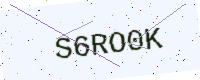
Text: S6RO0K